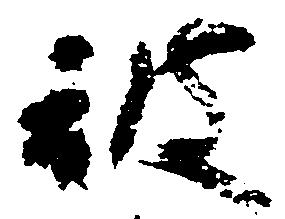
被